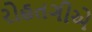
રોહતગીએ